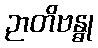
ဉာတိဗန္ဓု